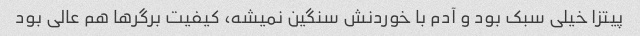
پیتزا خیلی سبک بود و آدم با خوردنش سنگین نمیشه، کیفیت برگرها هم عالی بود